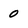
Character: 0